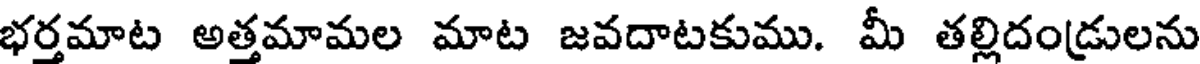
భర్తమాట అత్తమామల మాట జవదాటకుము. మీ తల్లిదండ్రులను